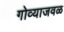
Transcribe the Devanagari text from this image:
गोव्याजवळ